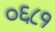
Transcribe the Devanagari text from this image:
०६८१